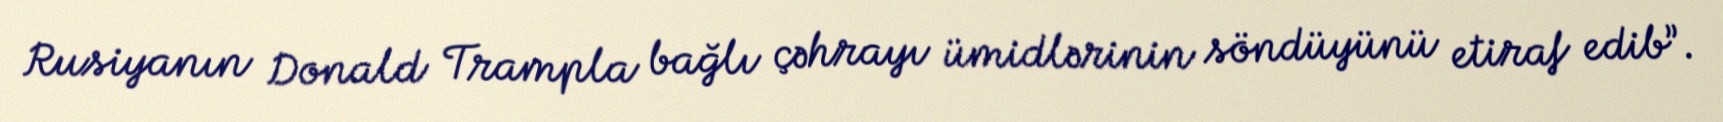
Rusiyanın Donald Trampla bağlı çəhrayı ümidlərinin söndüyünü etiraf edib”.